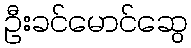
ဦးခင်မောင်ဆွေ